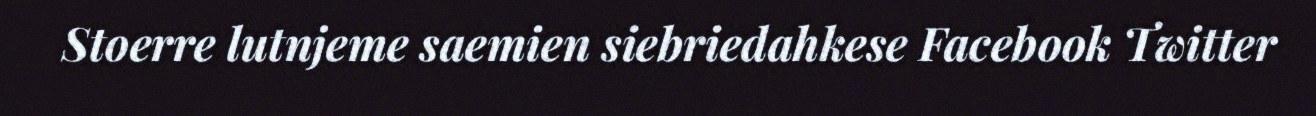
Stoerre lutnjeme saemien siebriedahkese Facebook Twitter